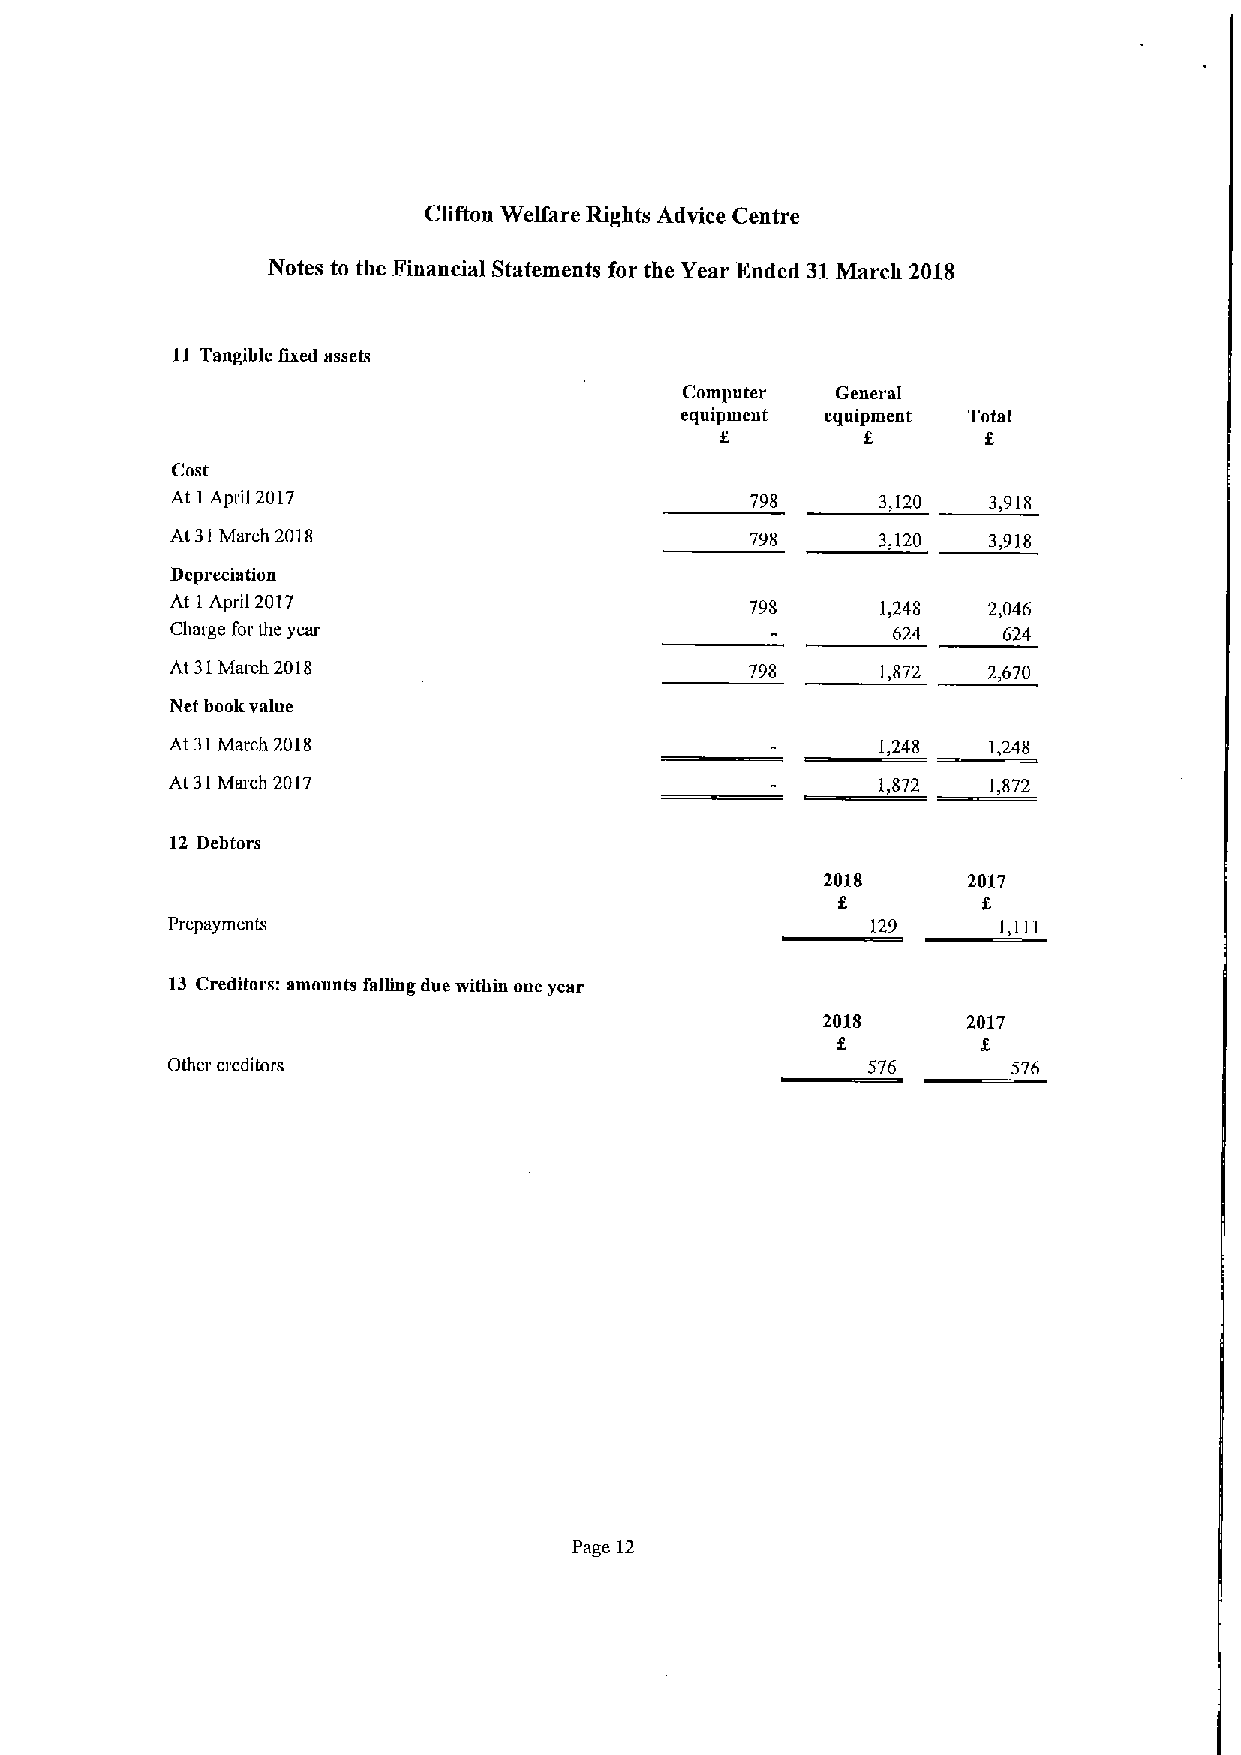
Clifton Welfare Rights Advice Centre
 Notes to the Financial Statements for the Year Ended 31March 2018
 11 Tangible fixed assets
 Computer  Generat
 equipment equipment Total
 f        f       f
 Cost
 At 1April 2017                         798     3,120  3,918
 At 31March 2018                        798     3,120  3,918
 Depreciation
 At 1April 2017                         798     1,248  2,046
 Charge for the year                             624    624
 At 31March 2018                        798     1,872  2,670
 Net book value
 At 31March 2018                                1,248  1,248
 At 31March 2017                                1,872  ],872
 12 Debtors
 2018     2017
 f.        f.
 Prepayments                                    129     l,ill
 13 Creditors: amounts falling due within one year
 2018      2017
 Other creditors                               576       576
 Page 12